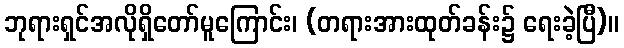
ဘုရားရှင်အလိုရှိတော်မူကြောင်း၊ (တရားအားထုတ်ခန်း၌ ရေးခဲ့ပြီ)။